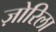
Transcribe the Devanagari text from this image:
ज़ोरिला